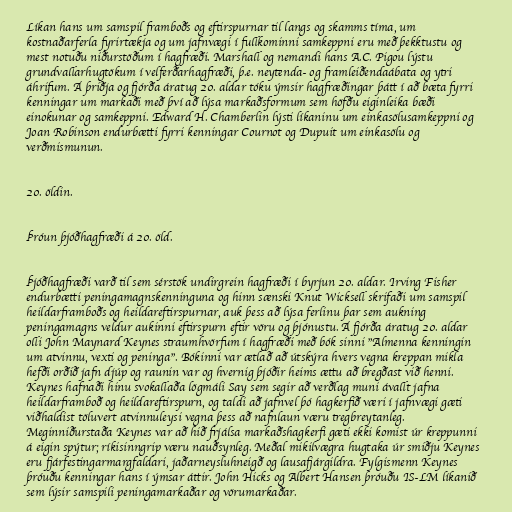
Líkan hans um samspil framboðs og eftirspurnar til langs og skamms tíma, um
kostnaðarferla fyrirtækja og um jafnvægi í fullkominni samkeppni eru með þekktustu og
mest notuðu niðurstöðum í hagfræði. Marshall og nemandi hans A.C. Pigou lýstu
grundvallarhugtökum í velferðarhagfræði, þ.e. neytenda- og framleiðendaábata og ytri
áhrifum. Á þriðja og fjórða áratug 20. aldar tóku ýmsir hagfræðingar þátt í að bæta fyrri
kenningar um markaði með því að lýsa markaðsformum sem höfðu eiginleika bæði
einokunar og samkeppni. Edward H. Chamberlin lýsti líkaninu um einkasölusamkeppni og
Joan Robinson endurbætti fyrri kenningar Cournot og Dupuit um einkasölu og
verðmismunun.

20. öldin.

Þróun þjóðhagfræði á 20. öld.

Þjóðhagfræði varð til sem sérstök undirgrein hagfræði í byrjun 20. aldar. Irving Fisher
endurbætti peningamagnskenninguna og hinn sænski Knut Wicksell skrifaði um samspil
heildarframboðs og heildareftirspurnar, auk þess að lýsa ferlinu þar sem aukning
peningamagns veldur aukinni eftirspurn eftir vöru og þjónustu. Á fjórða áratug 20. aldar
olli John Maynard Keynes straumhvörfum í hagfræði með bók sinni "Almenna kenningin
um atvinnu, vexti og peninga". Bókinni var ætlað að útskýra hvers vegna kreppan mikla
hefði orðið jafn djúp og raunin var og hvernig þjóðir heims ættu að bregðast við henni.
Keynes hafnaði hinu svokallaða lögmáli Say sem segir að verðlag muni ávallt jafna
heildarframboð og heildareftirspurn, og taldi að jafnvel þó hagkerfið væri í jafnvægi gæti
viðhaldist töluvert atvinnuleysi vegna þess að nafnlaun væru tregbreytanleg.
Meginniðurstaða Keynes var að hið frjálsa markaðshagkerfi gæti ekki komist úr kreppunni
á eigin spýtur; ríkisinngrip væru nauðsynleg. Meðal mikilvægra hugtaka úr smiðju Keynes
eru fjárfestingarmargfaldari, jaðarneysluhneigð og lausafjárgildra. Fylgismenn Keynes
þróuðu kenningar hans í ýmsar áttir. John Hicks og Albert Hansen þróuðu IS-LM líkanið
sem lýsir samspili peningamarkaðar og vörumarkaðar.